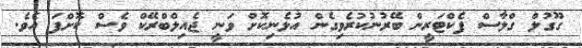
ގޫގުލް ގްލާސް ފެކްޓަރީން ބޭރުނުކުރެވިގެން އުޅެނިކޮށް ވަނީ ޖެއިލްބްރޭކް ވެސް ކޮށްފަ އެވެ.